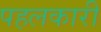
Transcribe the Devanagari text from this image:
पहलकारी